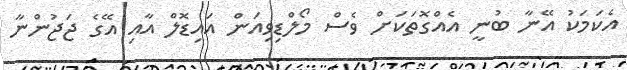
އެކަމަކު އޭނާ ބުނީ އެއްގޮތަކަށް ވެސް މޯލްޑިވިއަން އައިޑޮލް އާއި އޭގެ ޖަޖުންނާ